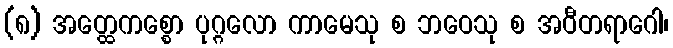
(၈) အတ္ထေကစ္စော ပုဂ္ဂလော ကာမေသု စ ဘဝေသု စ အဝီတရာဂေါ၊